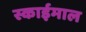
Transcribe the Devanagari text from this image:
स्काईमाल